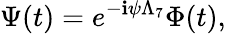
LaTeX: \Psi(t)=e^{-\mathbf{i}\psi\Lambda_{7}}\Phi(t),